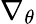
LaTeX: \nabla_{\theta}